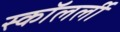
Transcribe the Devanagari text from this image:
स्कॉलर्ली